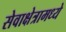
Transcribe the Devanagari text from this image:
सेवाक्षेत्रामध्ये